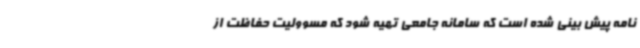
نامه پیش بینی شده است که سامانه جامعی تهیه شود که مسوولیت حفاظت از